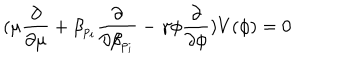
( \mu \frac { \partial } { \partial \mu } + \beta _ { p _ { i } } \frac { \partial } { \partial \beta _ { p _ { i } } } - \gamma \phi \frac { \partial } { \partial \phi } ) V ( \phi ) = 0